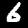
Label: 6